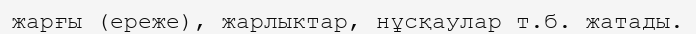
жарғы (ереже), жарлыктар, нұсқаулар т.б. жатады.